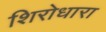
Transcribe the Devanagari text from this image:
शिरोधारा